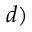
d )